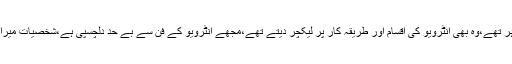
اپنے فن کے بڑے ماہر تھے،وہ بھی انٹرویو کی اقسام اور طریقہ کار پر لیکچر دیتے تھے،مجھے انٹرویو کے فن سے بے حد دلچسپی ہے،شخصیات میرا پسندیدہ موضوع ہے۔